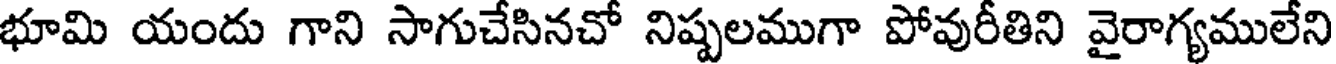
భూమి యందు గాని సాగుచేసినచో నిష్పలముగా పోవురీతిని వైరాగ్యములేని